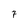
Character: 7